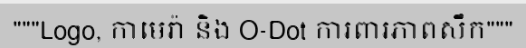
"""Logo, កាមេរ៉ា និង O-Dot ការពារភាពសឹក"""